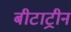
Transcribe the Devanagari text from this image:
बीटाट्रीन